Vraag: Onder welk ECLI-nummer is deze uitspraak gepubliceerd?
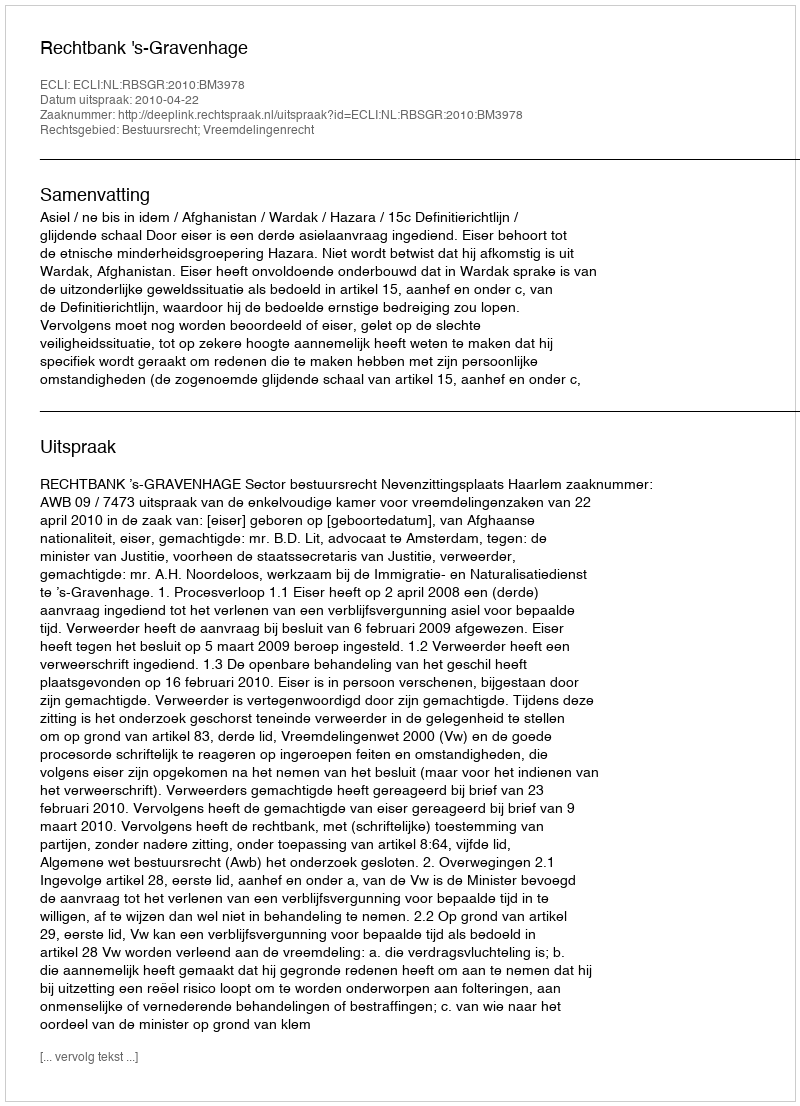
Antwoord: ECLI:NL:RBSGR:2010:BM3978